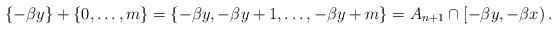
LaTeX: \begin{align*}\{-\beta y\}+ \{0,\dots,m\} = \{-\beta y,-\beta y+1,\dots , -\beta y+m\} = A_{n+1}\cap [-\beta y,-\beta x)\,.\end{align*}